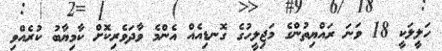
ހަލީލަކީ 18 ވަނަ ރައްޔިތުންގެ މަޖިލީހުގެ ގޮނޑިއެއް އެންމެ ވާދަވެރިކޮށް ކާމިޔާބު ކުރެއްވި